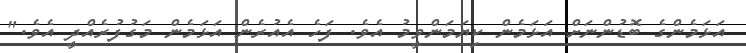
އަޅަމެންގެ ބޮޑުންނަށް އަޅަމެން ކިޔަމަންވީމު އެވެ. ފަހެ އެއުރެން އަޅަމެން މަގުފުރެއްދީ އެވެ."